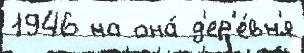
1946 на она́ д'ер'е́вн'я